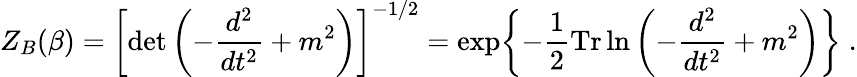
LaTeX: Z_{B}(\beta)=\left[\operatorname*{d\mathrm{e}t}\left(-{\frac{{d^{2}}}{{dt^{2}}}}+m^{2}\right)\right]^{-1/2}=\exp\biggl\{ -{\frac{{1}}{{2}}}\mathrm{{Tr}}\ln\left(-{\frac{{d^{2}}}{{dt^{2}}}}+m^{2}\right)\biggr\} \; .